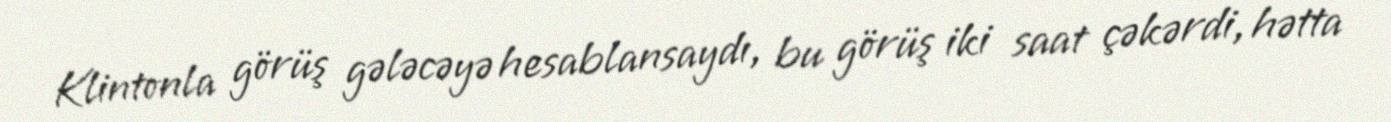
Klintonla görüş gələcəyə hesablansaydı, bu görüş iki saat çəkərdi, hətta